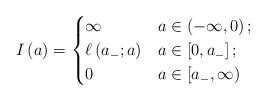
\begin{align*}I \left( a \right) = \begin{cases} \infty & a \in \left( -\infty,0 \right);\\ \ell \left( a_{-} ; a \right) & a \in \left[ 0,a_{-} \right];\\ 0 & a \in \left[ a_{-} , \infty \right) \end{cases}\end{align*}